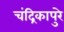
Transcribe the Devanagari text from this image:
चंद्रिकापुरे